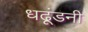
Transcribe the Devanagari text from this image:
धढूंडनी